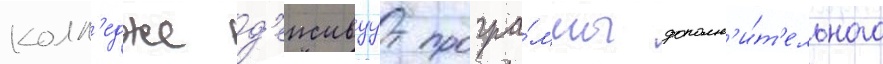
колл'едже д'еиствуут програ́ммы дополн'и́т'ельного